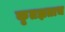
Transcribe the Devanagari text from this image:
कृतज्ञताच